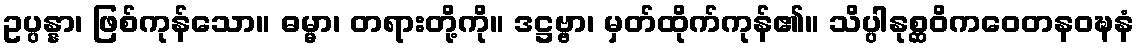
ဥပ္ပန္နာ၊ ဖြစ်ကုန်သော။ ဓမ္မာ၊ တရားတို့ကို။ ဒဋ္ဌဗ္ဗာ၊ မှတ်ထိုက်ကုန်၏။ သိပ္ပါနုစ္ဆဝိကဝေတနဝဍ္ဎနံ